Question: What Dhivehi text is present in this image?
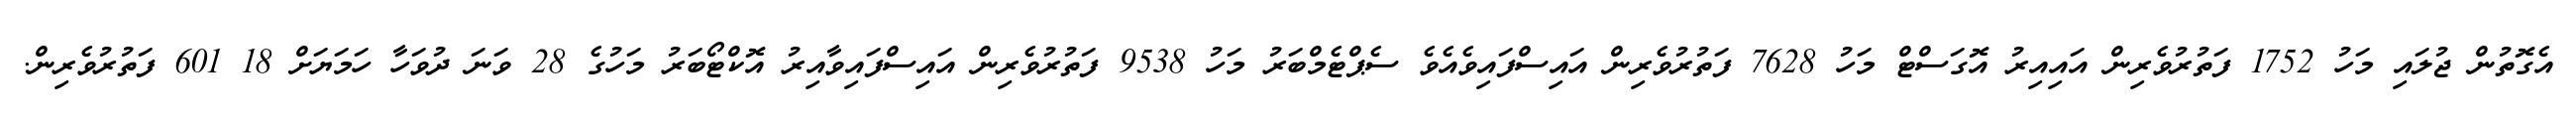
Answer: އެގޮތުން ޖުލައި މަހު 1752 ފަތުރުވެރިން އައިއިރު އޮގަސްޓް މަހު 7628 ފަތުރުވެރިން އައިސްފައިވެއެވެ ސެޕްޓެމްބަރު މަހު 9538 ފަތުރުވެރިން އައިސްފައިވާއިރު އޮކްޓޯބަރު މަހުގެ 28 ވަނަ ދުވަހާ ހަމަޔަށް 18 601 ފަތުރުވެރިން.